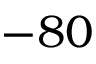
- 8 0